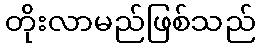
တိုးလာမည်ဖြစ်သည်